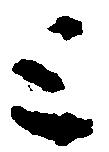
と